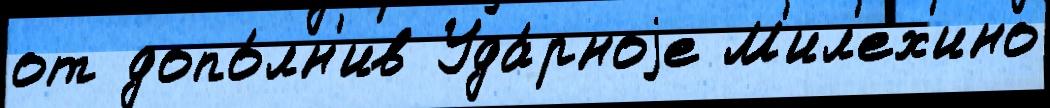
от допо́лн'ив Уда́рноjе М'ил'ех'ино